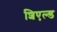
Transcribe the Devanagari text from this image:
शिएल्ड